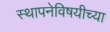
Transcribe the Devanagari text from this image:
स्थापनेविषयीच्या